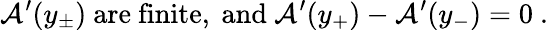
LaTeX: {\cal A}^{\prime}(y_{\pm})~{\mathrm{are~finite,~and}}~{\cal A}^{\prime}(y_{+})-{\cal A}^{\prime}(y_{-})=0~.